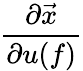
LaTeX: \displaystyle\frac{\partial\vec{x}}{\partial u(f)}